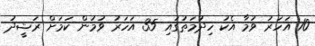
10 އަހަރު ވުމާ އެކު ހިދުމަތުގައި 35 އަހަރު ވުމުން ކަމަށް ރަޝީދު